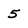
Character: 5